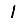
Digit: 1